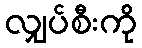
လျှပ်စီးကို